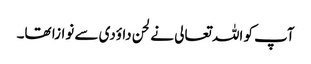
آپ کو اللہ تعالی نے لحن داؤدی سے نوازا تھا۔